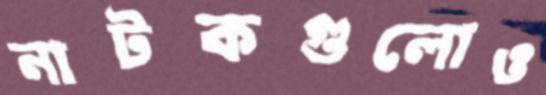
নাটকগুলোও